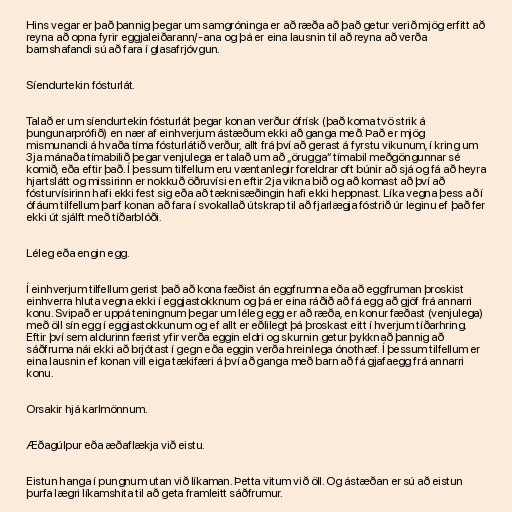
Hins vegar er það þannig þegar um samgróninga er að ræða að það getur verið mjög erfitt að
reyna að opna fyrir eggjaleiðarann/-ana og þá er eina lausnin til að reyna að verða
barnshafandi sú að fara í glasafrjóvgun.

Síendurtekin fósturlát.

Talað er um síendurtekin fósturlát þegar konan verður ófrísk (það koma tvö strik á
þungunarprófið) en nær af einhverjum ástæðum ekki að ganga með. Það er mjög
mismunandi á hvaða tíma fósturlátið verður, allt frá því að gerast á fyrstu vikunum, í kring um
3ja mánaða tímabilið þegar venjulega er talað um að „örugga“ tímabil meðgöngunnar sé
komið, eða eftir það. Í þessum tilfellum eru væntanlegir foreldrar oft búnir að sjá og fá að heyra
hjartslátt og missirinn er nokkuð öðruvísi en eftir 2ja vikna bið og að komast að því að
fósturvísirinn hafi ekki fest sig eða að tæknisæðingin hafi ekki heppnast. Líka vegna þess að í
ófáum tilfellum þarf konan að fara í svokallað útskrap til að fjarlægja fóstrið úr leginu ef það fer
ekki út sjálft með tíðarblóði.

Léleg eða engin egg.

Í einhverjum tilfellum gerist það að kona fæðist án eggfrumna eða að eggfruman þroskist
einhverra hluta vegna ekki í eggjastokknum og þá er eina ráðið að fá egg að gjöf frá annarri
konu. Svipað er uppá teningnum þegar um léleg egg er að ræða, en konur fæðast (venjulega)
með öll sín egg í eggjastokkunum og ef allt er eðlilegt þá þroskast eitt í hverjum tíðarhring.
Eftir því sem aldurinn færist yfir verða eggin eldri og skurnin getur þykknað þannig að
sáðfruma nái ekki að brjótast í gegn eða eggin verða hreinlega ónothæf. Í þessum tilfellum er
eina lausnin ef konan vill eiga tækifæri á því að ganga með barn að fá gjafaegg frá annarri
konu.

Orsakir hjá karlmönnum.

Æðagúlpur eða æðaflækja við eistu.

Eistun hanga í pungnum utan við líkaman. Þetta vitum við öll. Og ástæðan er sú að eistun
þurfa lægri líkamshita til að geta framleitt sáðfrumur.